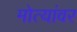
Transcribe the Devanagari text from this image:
मोत्यांवर